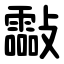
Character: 㪮